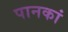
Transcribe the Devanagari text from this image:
पानकां